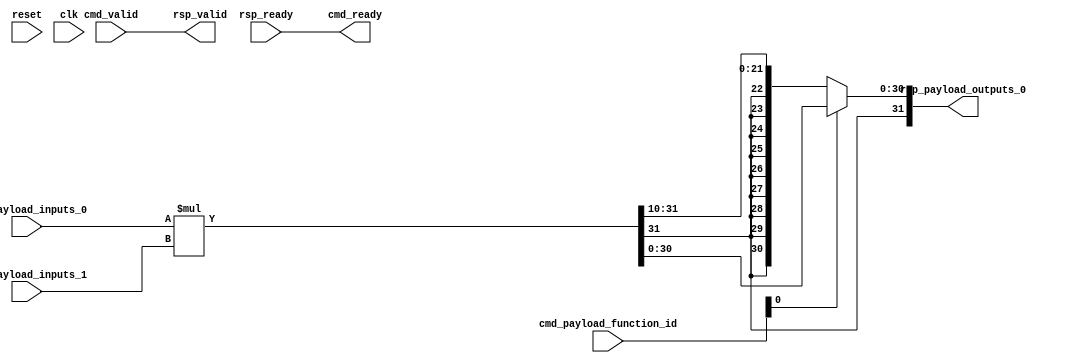
// Copyright 2021 The CFU-Playground Authors
//
// Licensed under the Apache License, Version 2.0 (the "License");
// you may not use this file except in compliance with the License.
// You may obtain a copy of the License at
//
//      http://www.apache.org/licenses/LICENSE-2.0
//
// Unless required by applicable law or agreed to in writing, software
// distributed under the License is distributed on an "AS IS" BASIS,
// WITHOUT WARRANTIES OR CONDITIONS OF ANY KIND, either express or implied.
// See the License for the specific language governing permissions and
// limitations under the License.



module Cfu (
  input               cmd_valid,
  output              cmd_ready,
  input      [9:0]    cmd_payload_function_id,
  input      [31:0]   cmd_payload_inputs_0,
  input      [31:0]   cmd_payload_inputs_1,
  output              rsp_valid,
  input               rsp_ready,
  output     [31:0]   rsp_payload_outputs_0,
  input               reset,
  input               clk
);

  // Trivial handshaking for a combinational CFU
  assign rsp_valid = cmd_valid;
  assign cmd_ready = rsp_ready;


  wire [31:0] mul    = $signed(cmd_payload_inputs_0) * $signed(cmd_payload_inputs_1);

  wire [31:0] mulsh  = $signed(mul) >>> 10;

  assign rsp_payload_outputs_0 = cmd_payload_function_id[0] ? mul : mulsh;


endmodule